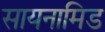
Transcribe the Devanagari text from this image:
सायनामिड